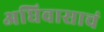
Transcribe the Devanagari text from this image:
अधिवासाचं